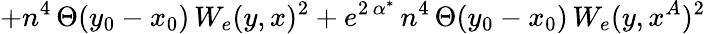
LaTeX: +n^{4}\, \Theta(y_{0}-x_{0})\, W_{e}(y,x)^{2}+e^{2\, \alpha^{*}}\, n^{4}\, \Theta(y_{0}-x_{0})\, W_{e}(y,x^{A})^{2}